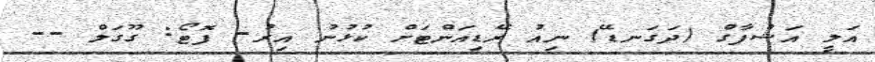
އަލީ އަޝްފާގް (ދަގަނޑޭ) ނިއު ރޭޑިއަންޓަށް ކުޅުނު އިރު- ފޮޓޯ: ގޫގަލް --